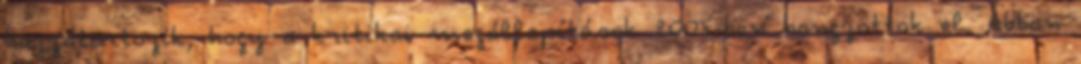
hozzátartozik, hogy a kritikai megállapítások 2005-ben hangzottak el. Abban